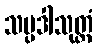
သမ္ပဒါသုတ္တံ